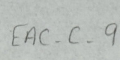
EAC-C-9